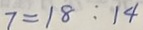
7 = 1 8 : 1 4